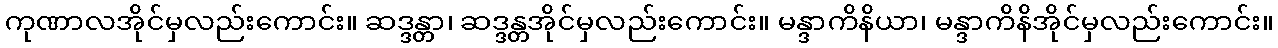
ကုဏာလအိုင်မှလည်းကောင်း။ ဆဒ္ဒန္တာ၊ ဆဒ္ဒန္တအိုင်မှလည်းကောင်း။ မန္ဒာကိနိယာ၊ မန္ဒာကိနိအိုင်မှလည်းကောင်း။